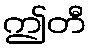
ဤတီ